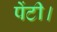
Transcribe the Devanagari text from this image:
पेंटी।